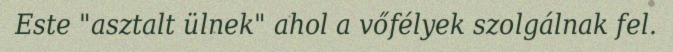
Este "asztalt ülnek" ahol a vőfélyek szolgálnak fel.